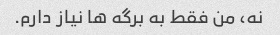
نه، من فقط به برگه ها نیاز دارم.